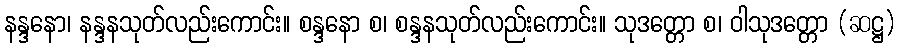
နန္ဒနော၊ နန္ဒနသုတ်လည်းကောင်း။ စန္ဒနော စ၊ စန္ဒနသုတ်လည်းကောင်း။ သုဒတ္တော စ၊ ဝါသုဒတ္တော (ဆဋ္ဌ)